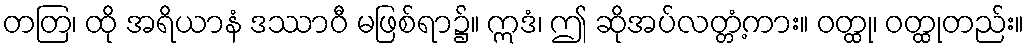
တတြ၊ ထို အရိယာနံ ဒဿာဝီ မဖြစ်ရာ၌။ ဣဒံ၊ ဤ ဆိုအပ်လတ္တံ့ကား။ ဝတ္ထု၊ ဝတ္ထုတည်း။